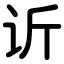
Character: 䜣